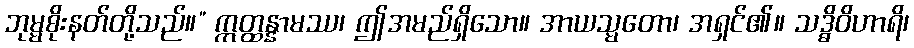
ဘုမ္မစိုးနတ်တို့သည်။” ဣတ္ထန္နာမဿ၊ ဤအမည်ရှိသော။ အာယသ္မတော၊ အရှင်၏။ သဒ္ဓိဝိဟာရိ၊